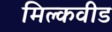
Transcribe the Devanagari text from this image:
मिल्कवीड